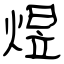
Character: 煜